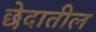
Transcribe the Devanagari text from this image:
छेदातील